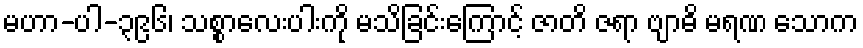
မဟာ-ပါ-၃၉၆၊ သစ္စာလေးပါးကို မသိခြင်းကြောင့် ဇာတိ ဇရာ ဗျာဓိ မရဏ သောက